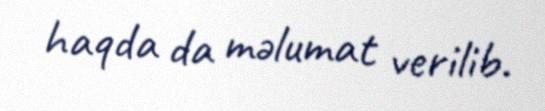
haqda da məlumat verilib.